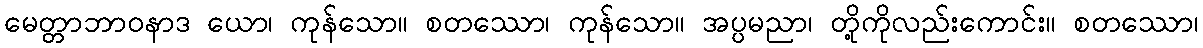
မေတ္တာဘာဝနာဒ ယော၊ ကုန်သော။ စတဿော၊ ကုန်သော။ အပ္ပမညာ၊ တို့ကိုလည်းကောင်း။ စတဿော၊